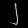
Digit: ၂